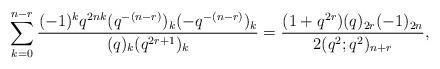
LaTeX: \begin{align*} \sum_{k=0}^{n-r}\frac{(-1)^kq^{2nk}(q^{-(n-r)})_k(-q^{-(n-r)})_k}{(q)_k(q^{2r+1})_k} = \frac{(1+q^{2r})(q)_{2r}(-1)_{2n}}{2(q^2;q^2)_{n+r}},\end{align*}